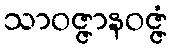
သာဝဇ္ဇာနဝဇ္ဇံ